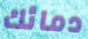
دمائك